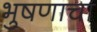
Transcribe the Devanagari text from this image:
भुषणाचा